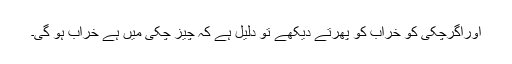
اوراگرچکی کو خراب کو پھرتے دیکھے تو دلیل ہے کہ چیز چکی میں ہے خراب ہو گی۔